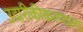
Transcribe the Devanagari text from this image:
उदारीकीकरणाला